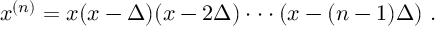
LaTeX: x ^ { ( n ) } = x ( x - \Delta ) ( x - 2 \Delta ) \cdot \cdot \cdot ( x - ( n - 1 ) \Delta ) \ .